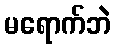
မရောက်ဘဲ